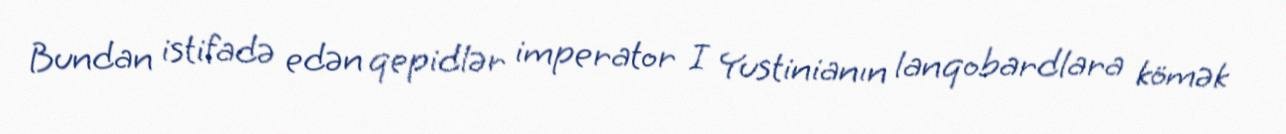
Bundan istifadə edən qepidlər imperator I Yustinianın lanqobardlara kömək